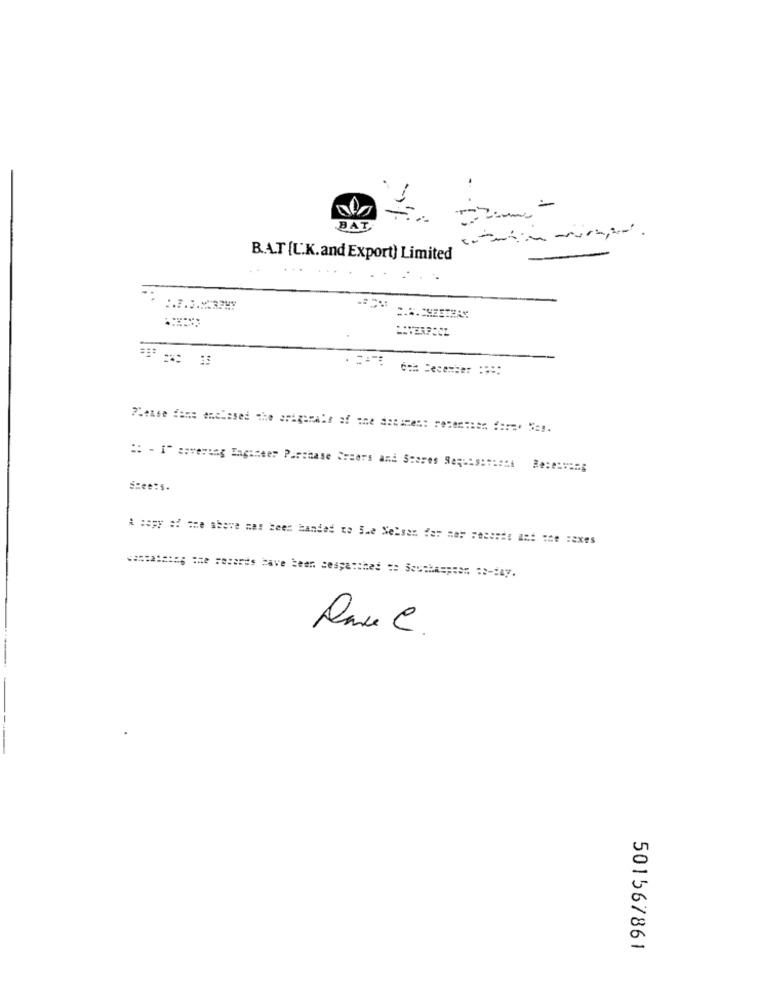
1
BAT
B.A.T [U.K.and Export) Limited
=== ========= ===
:: - I" soverung Engineer Purchase Syears and Stores Sequis:vient
A copy of the above mas been handed to 5.e Nelsan far mer recente and the sexes
vantatato; the records Have been cespa:thed == Seusha ===== = o-day.
501567861